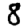
Digit: 8